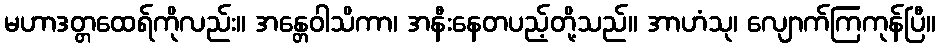
မဟာဒတ္တထေရ်ကိုလည်း။ အန္တေဝါသိကာ၊ အနီးနေတပည့်တို့သည်။ အာဟံသု၊ လျောက်ကြကုန်ပြီ။